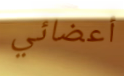
أعضائي